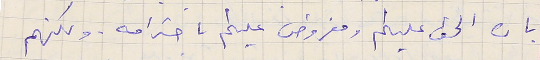
بان الحق عليكم ومفروض عليكم باحترامه . ولكنهم